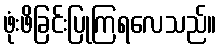
ဖုံးဖိခြင်းပြုကြရလေသည်။